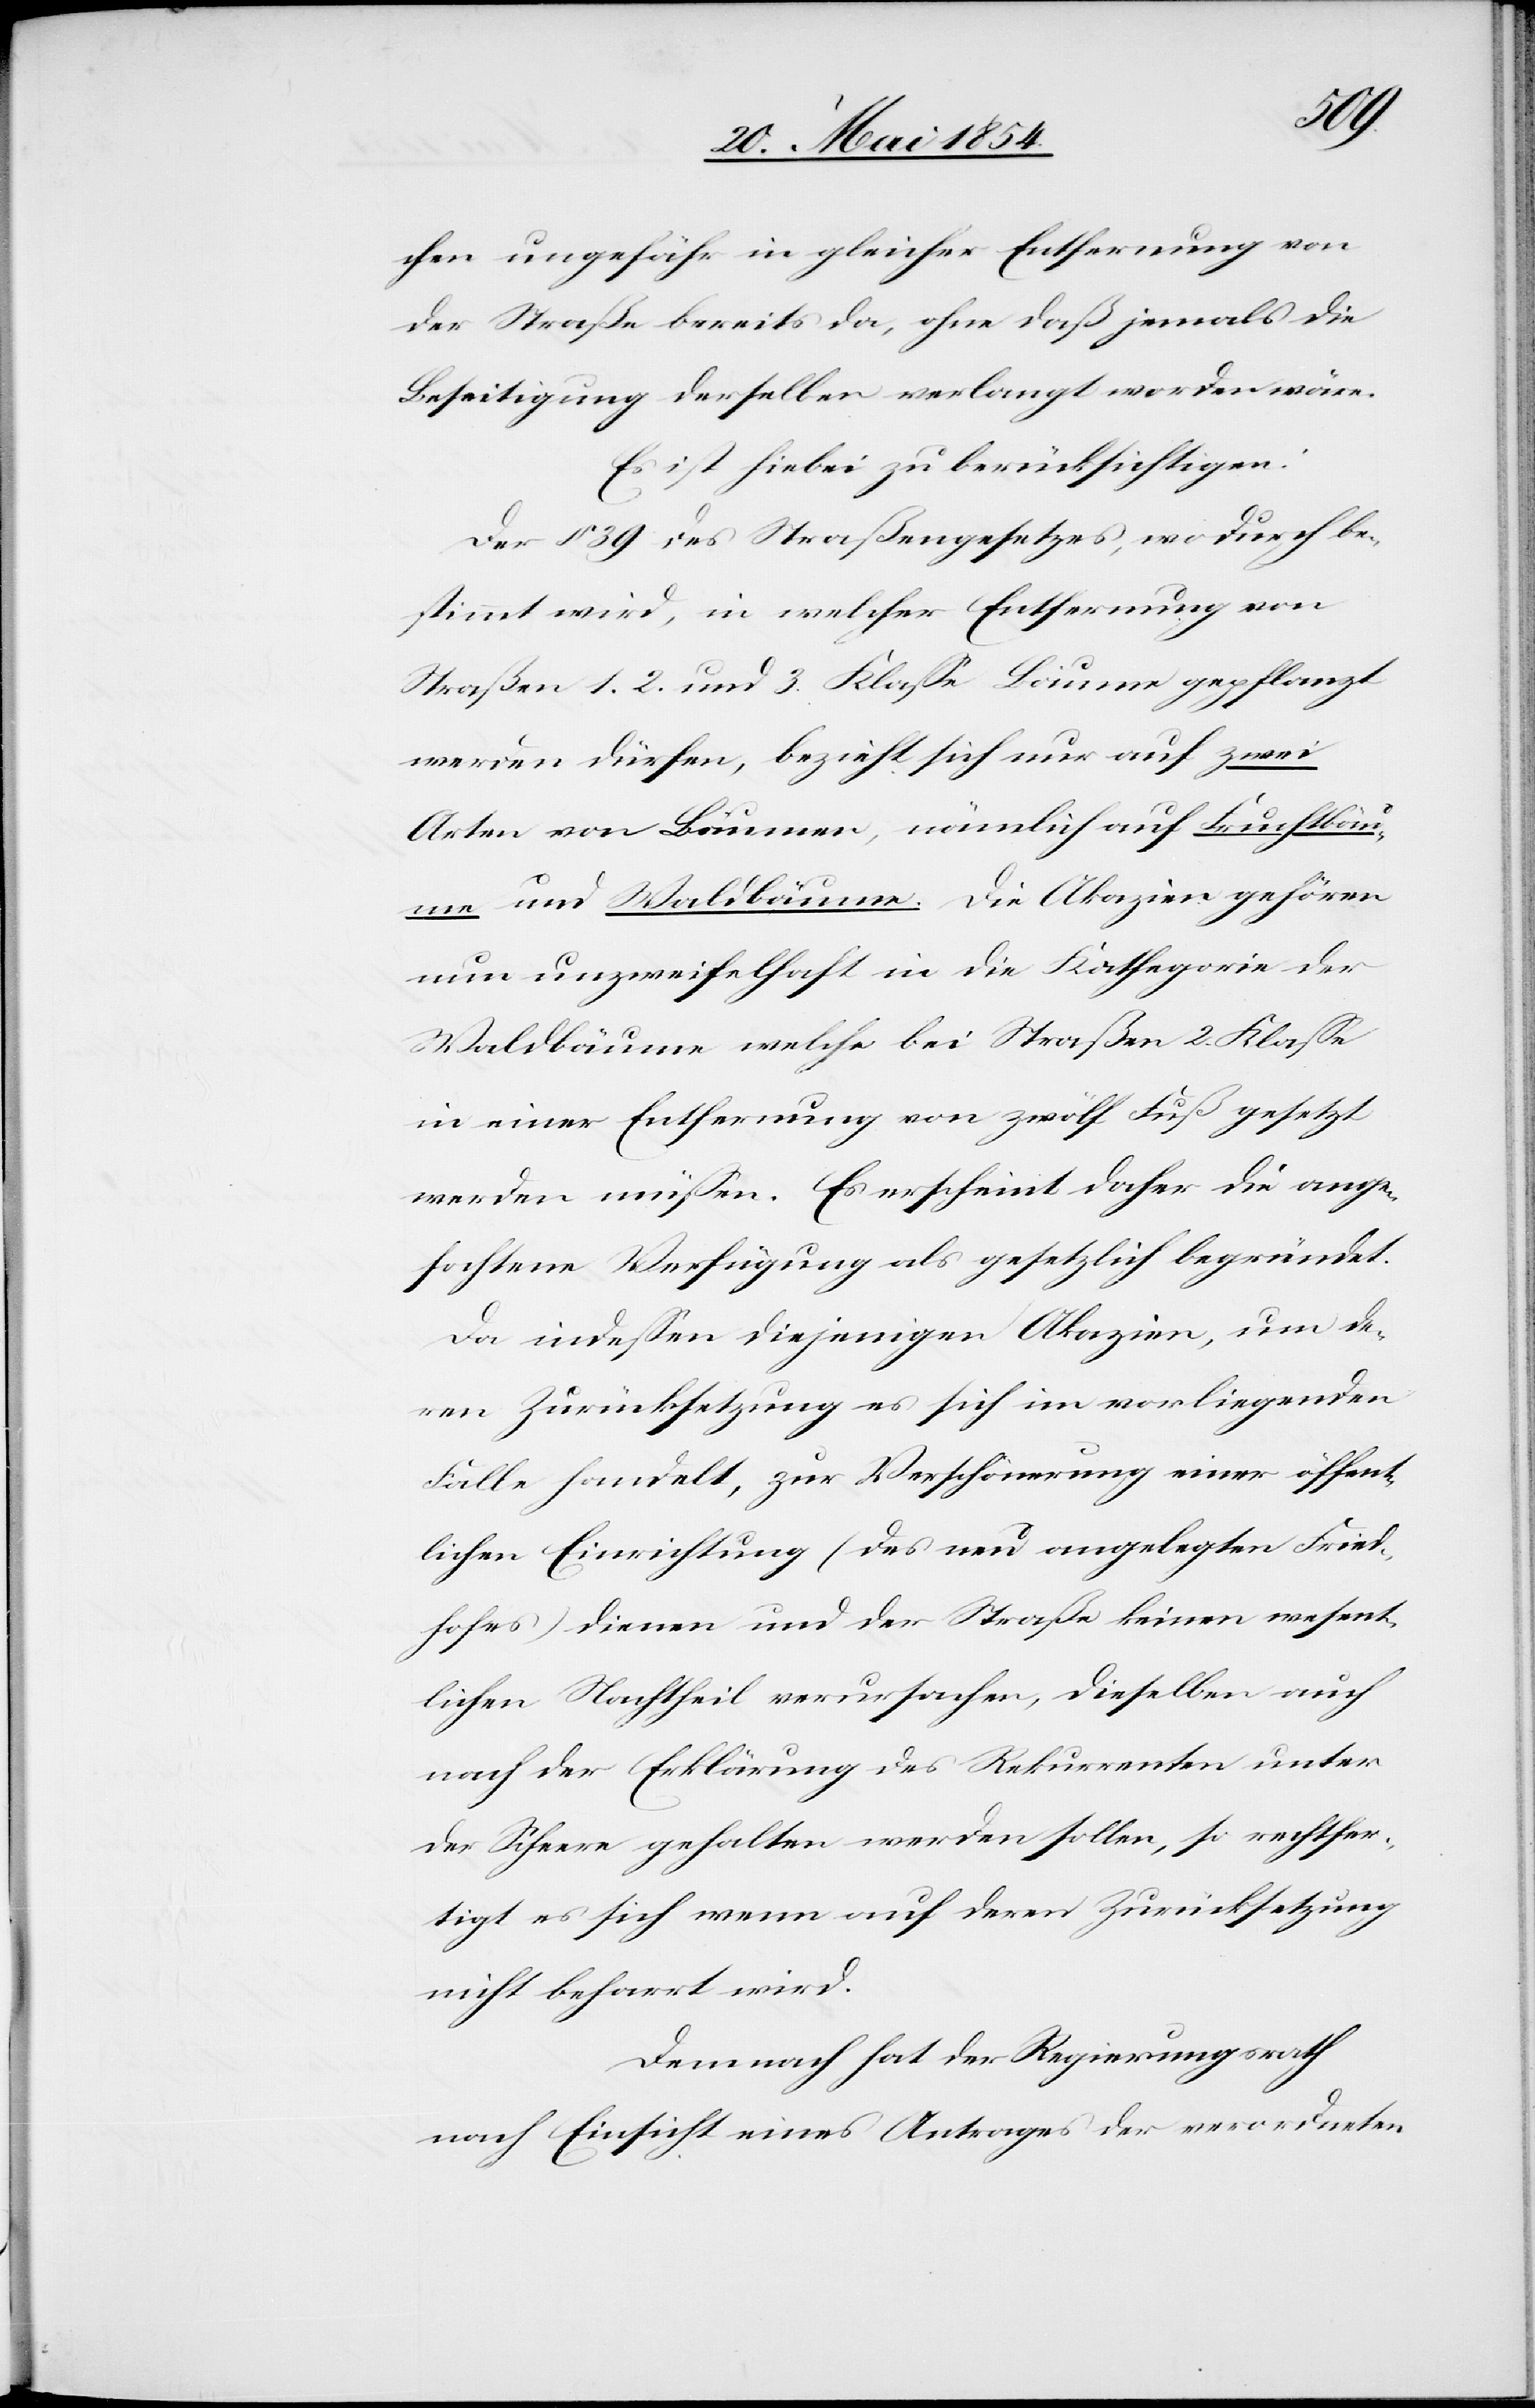
chen ungefähr in gleicher Entfernung von
der Straße bereits da, ohne daß jemals die
Beseitigung derselben verlangt worden wäre.
Es ist hiebei zu berücksichtigen:
Der § 39 des Straßengesetzes, wodurch be¬
stimmt wird, in welcher Entfernung von
Straßen 1.[,] 2. und 3. Klaße Bäume gepflanzt
werden dürfen, bezieht sich nur auf zwei
Arten von Bäumen, nämlich auf Fruchtbäu¬
me und Waldbäume. Die Akazien gehören
nun unzweifelhaft in die Kathegorie der
Waldbäume welche bei Straßen 2. Klaße
in einer Entfernung von zwölf Fuß gesetzt
werden müßen. Es erscheint daher die ange¬
fochtene Verfügung als gesetzlich begründet.
Da indeßen diejenigen Akazien, um de¬
ren Zurücksetzung es sich im vorliegenden
Falle handelt, zur Verschönerung einer öffent¬
lichen Einrichtung (des neu angelegten Fried¬
hofes) dienen und der Straße keinen wesent¬
lichen Nachtheil verursachen, dieselben auch
nach der Erklärung des Rekurrenten unter
der Scheere gehalten werden sollen, so rechtfer¬
tigt es sich wenn auf der Zurücksetzung
nicht beharrt wird.
Demnach hat der Regierungsrath
nach Einsicht eines Antrages der verordneten